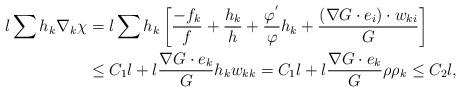
\begin{align*}l\sum h_{k}\nabla_{k}\chi&=l\sum h_{k}\left[\frac{-f_{k}}{f}+\frac{h_{k}}{h}+\frac{\varphi^{'}}{\varphi}h_{k}+\frac{(\nabla G\cdot e_{i})\cdot w_{ki}}{G}\right]\\&\leq C_{1}l+l\frac{\nabla G\cdot e_{k}}{G} h_{k}w_{kk}=C_{1}l+l\frac{\nabla G\cdot e_{k}}{G} \rho \rho_{k}\leq C_{2}l,\end{align*}